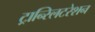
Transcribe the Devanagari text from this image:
ट्रान्स्लिटरेशन